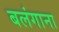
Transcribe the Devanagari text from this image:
बलंगाना